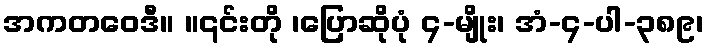
အကတဝေဒီ။ ။၎င်းတို ၊ပြောဆိုပုံ ၄-မျိုး၊ အံ-၄-ပါ-၃၈၉၊